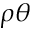
\rho \theta